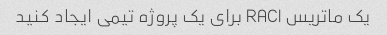
یک ماتریس RACI برای یک پروژه تیمی ایجاد کنید